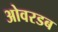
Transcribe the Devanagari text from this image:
ओवरडब